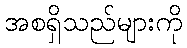
အစရှိသည်များကို